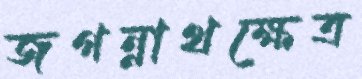
জগন্নাথক্ষেত্র